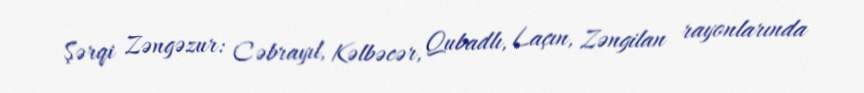
Şərqi Zəngəzur: Cəbrayıl, Kəlbəcər, Qubadlı, Laçın, Zəngilan rayonlarında